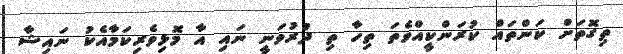
ތިގޮތަށް ކަންތައް ކުރަންކީއްވެތަ ތިހާ ތި ދުރުވަނީ ނައި އާ މޮޅިވެރިކަމާއެކު ނައިޝާ